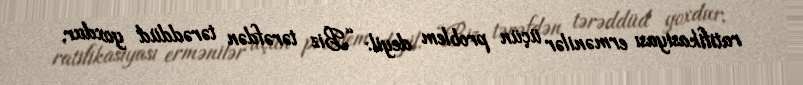
ratifikasiyası ermənilər üçün problem deyil: “Biz tərəfdən tərəddüd yoxdur,